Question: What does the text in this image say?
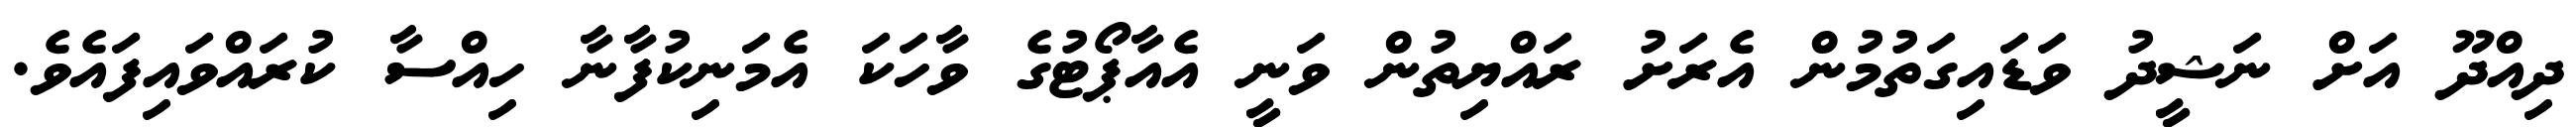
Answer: ދިއްދޫ އަށް ނަޝީދު ވަޑައިގަތުމުން އެރަށު ރައްޔިތުން ވަނީ އެއާޕޯޓުގެ ވާހަކަ އެމަނިކުފާނާ ހިއްސާ ކުރައްވައިފައެވެ.